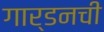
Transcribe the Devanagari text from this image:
गार्डनची